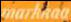
markkaa